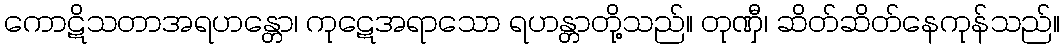
ကောဋိသတာအရဟန္တော၊ ကုဋေအရာသော ရဟန္တာတို့သည်။ တုဏှီ၊ ဆိတ်ဆိတ်နေကုန်သည်။